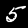
Digit: 5